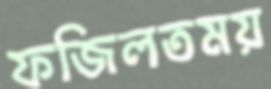
ফজিলতময়